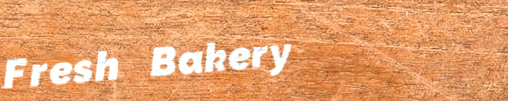
Fresh Bakery